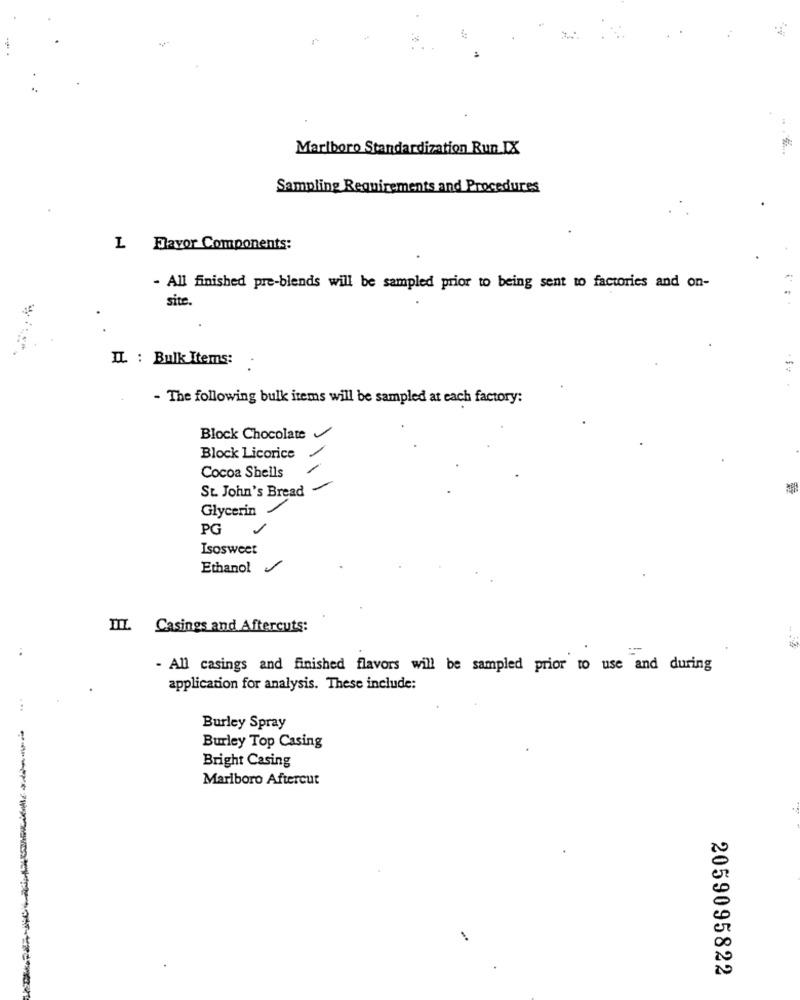
Marlboro Standardization Run IX
Sampling Requirements and Procedures
L Flavor Components:
- All finished pre-blends will be sampled prior to being sent to factories and on-
site.
IL : Bulk Items:
- The following bulk items will be sampled at each factory:
Block Chocolate
Block Licorice
Cocoa Shells
St. John's Bread
Glycerin
PG
Isosweet
Ethanol
Casings and Aftercuts:
- All casings and finished flavors will be sampled prior to use and during
application for analysis. These include:
Burley Spray
Burley Top Casing
Bright Casing
Marlboro Aftercut
2059095822